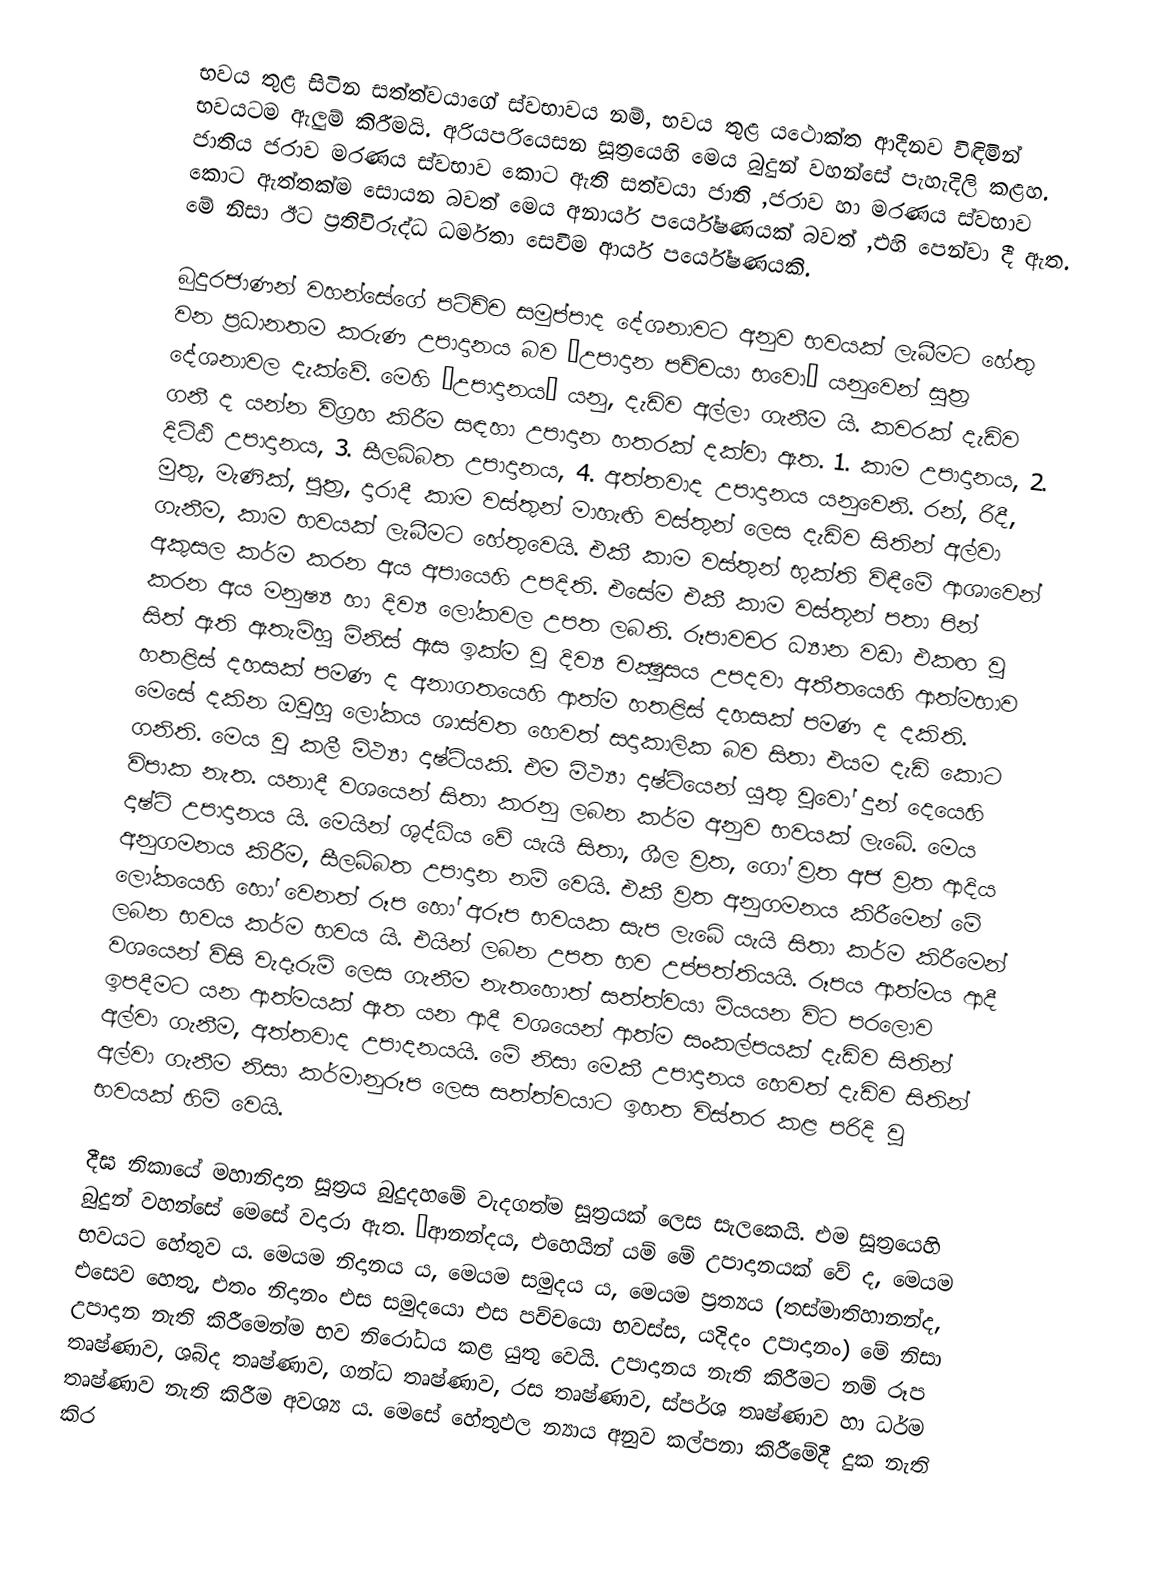
භවය තුළ සිටින සත්ත්වයාගේ ස්වභාවය නම්, භවය තුළ යථොක්ත ආදීනව විඳිමින් භවයටම ඇලුම් කිරීමයි. අරියපරියෙසන සූත්‍රයෙහි මෙය බුදුන් වහන්සේ පැහැදිලි කළහ. ජාතිය ජරාව මරණය ස්වභාව කොට ඇති සත්වයා ජාති ,ජරාව හා මරණය ස්වභාව කොට ඇත්තක්ම සොයන බවත් මෙය අනාර්ය පර්යේෂණයක් බවත් ,එහි පෙන්වා දී ඇත. මේ නිසා ඊට ප්‍රතිවිරුද්ධ ධර්මතා සෙවීම ආර්ය පර්යේෂණයකි.

බුදුරජාණන් වහන්සේගේ පටිච්ච සමුප්පාද දේශනාවට අනුව භවයක් ලැබීමට හේතු වන ප්‍රධානතම කරුණ උපාදානය බව ‘උපාදාන පච්චයා භවො’ යනුවෙන් සූත්‍ර දේශනාවල දැක්වේ. මෙහි ‘උපාදානය’ යනු, දැඩිව අල්ලා ගැනීම යි. කවරක් දැඩිව ගනී ද යන්න විග්‍රහ කිරීම සඳහා උපාදාන හතරක් දක්වා ඇත. 1. කාම උපාදානය, 2. දිට්ඨි උපාදානය, 3. සීලබ්බත උපාදානය, 4. අත්තවාද උපාදානය යනුවෙනි. රන්, රිදී, මුතු, මැණික්, පුත්‍ර, දාරාදී කාම වස්තුන් මාහැඟි වස්තුන් ලෙස දැඩිව සිතින් අල්වා ගැනීම, කාම භවයක් ලැබීමට හේතුවෙයි. එකී කාම වස්තුන් භුක්ති විඳීමේ ආශාවෙන් අකුසල කර්ම කරන අය අපායෙහි උපදිති. එසේම එකී කාම වස්තූන් පතා පින් කරන අය මනුෂ්‍ය හා දිව්‍ය ලෝකවල උපත ලබති. රූපාවචර ධ්‍යාන වඩා එකඟ වූ සිත් ඇති ඇතැම්හු මිනිස් ඇස ඉක්ම වූ දිව්‍ය චක්‍ෂුසය උපදවා අතීතයෙහි ආත්මභාව හතළිස් දහසක් පමණ ද අනාගතයෙහි ආත්ම හතළිස් දහසක් පමණ ද දකිති. මෙසේ දකින ඔවුහු ලෝකය ශාස්වත හෙවත් සදාකාලික බව සිතා එයම දැඩි කොට ගනිති. මෙය වූ කලී මිථ්‍යා දෘෂ්ටියකි. එම මිථ්‍යා දෘෂ්ටියෙන් යුතු වූවෝ දුන් දෙයෙහි විපාක නැත. යනාදී වශයෙන් සිතා කරනු ලබන කර්ම අනුව භවයක් ලැබේ. මෙය දෘෂ්ටි උපාදානය යි. මෙයින් ශුද්ධිය වේ යැයි සිතා, ශීල ව්‍රත, ගෝ ව්‍රත අජ ව්‍රත ආදිය අනුගමනය කිරීම, සීලබ්බත උපාදාන නම් වෙයි. එකී ව්‍රත අනුගමනය කිරීමෙන් මේ ලෝකයෙහි හෝ වෙනත් රූප හෝ අරූප භවයක සැප ලැබේ යැයි සිතා කර්ම කිරීමෙන් ලබන භවය කර්ම භවය යි. එයින් ලබන උපත භව උප්පත්තියයි. රූපය ආත්මය ආදී වශයෙන් විසි වැදෑරුම් ලෙස ගැනීම නැතහොත් සත්ත්වයා මියයන විට පරලොව ඉපදීමට යන ආත්මයක් ඇත යන ආදී වශයෙන් ආත්ම සංකල්පයක් දැඩිව සිතින් අල්වා ගැනීම, අත්තවාද උපාදනයයි. මේ නිසා මෙකී උපාදානය හෙවත් දැඩිව සිතින් අල්වා ගැනීම නිසා කර්මානුරූප ලෙස සත්ත්වයාට ඉහත විස්තර කළ පරිදි වූ භවයක් හිමි වෙයි.

දීඝ නිකායේ මහානිදාන සූත්‍රය බුදුදහමේ වැදගත්ම සූත්‍රයක් ලෙස සැලකෙයි. එම සූත්‍රයෙහි බුදුන් වහන්සේ මෙසේ වදාරා ඇත. ‘ආනන්දය, එහෙයින් යම් මේ උපාදානයක් වේ ද, මෙයම භවයට හේතුව ය. මෙයම නිදානය ය, මෙයම සමුදය ය, මෙයම ප්‍රත්‍යය (තස්මාතිහානන්ද, එසෙව හෙතු, එතං නිදානං එස සමුදයො එස පච්චයො භවස්ස, යදිදං උපාදානං) මේ නිසා උපාදාන නැති කිරීමෙන්ම භව නිරෝධය කළ යුතු වෙයි. උපාදානය නැති කිරීමට නම් රූප තෘෂ්ණාව, ශබ්ද තෘෂ්ණාව, ගන්ධ තෘෂ්ණාව, රස තෘෂ්ණාව, ස්පර්ශ තෘෂ්ණාව හා ධර්ම තෘෂ්ණාව නැති කිරීම අවශ්‍ය ය. මෙසේ හේතුඵල න්‍යාය අනුව කල්පනා කිරීමේදී දුක නැති කිර